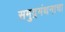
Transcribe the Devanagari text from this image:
समुद्रमंथनाचा